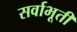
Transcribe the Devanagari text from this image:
सर्वाभूतीं